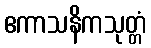
ဧကာသနိကသုတ္တံ